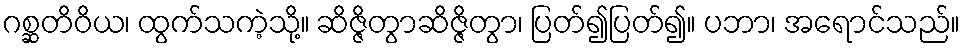
ဂစ္ဆတိဝိယ၊ ထွက်သကဲ့သို့။ ဆိဇ္ဇိတွာဆိဇ္ဇိတွာ၊ ပြတ်၍ပြတ်၍။ ပဘာ၊ အရောင်သည်။